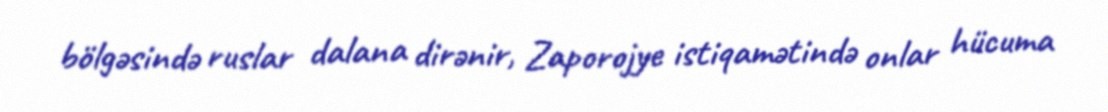
bölgəsində ruslar dalana dirənir, Zaporojye istiqamətində onlar hücuma